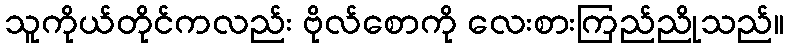
သူကိုယ်တိုင်ကလည်း ဗိုလ်စောကို လေးစားကြည်ညိုသည်။